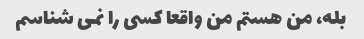
بله، من هستم من واقعا کسی را نمی شناسم